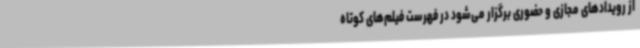
از رویدادهای مجازی و حضوری برگزار می‌شود در فهرست فیلم‌های کوتاه